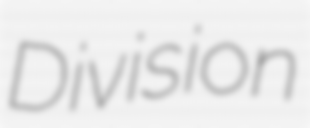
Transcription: Division